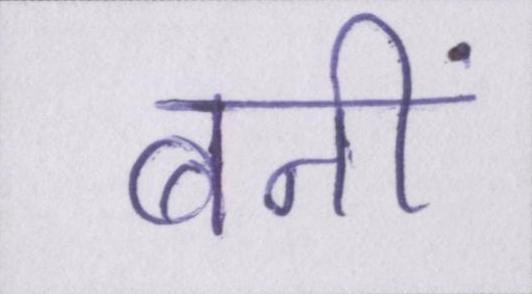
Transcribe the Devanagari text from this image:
बनीं